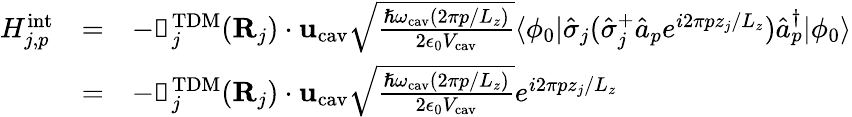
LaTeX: \begin{array}{ccl}{H_{j,p}^{\mathrm{int}}}&{=}&{-{\boldsymbol{\upmu}}_{j}^{\mathrm{TDM}}({\mathbf{R}}_{j})\cdot{\mathbf{u}}_{\mathrm{cav}}\sqrt{\frac{\hslash\omega_{\mathrm{cav}}(2\pi p/L_{z})}{2\epsilon_{0}V_{\mathrm{cav}}}}\langle\phi_{0}|\hat{\sigma}_{j}(\hat{\sigma}_{j}^{+}\hat{a}_{p}e^{i2\pi pz_{j}/L_{z}})\hat{a}_{p}^{\dagger}|\phi_{0}\rangle}\\ &{=}&{-{\boldsymbol{\upmu}}_{j}^{\mathrm{TDM}}({\mathbf{R}}_{j})\cdot{\mathbf{u}}_{\mathrm{cav}}\sqrt{\frac{\hslash\omega_{\mathrm{cav}}(2\pi p/L_{z})}{2\epsilon_{0}V_{\mathrm{cav}}}}e^{i2\pi pz_{j}/L_{z}}}\end{array}